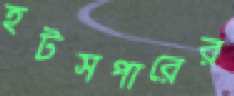
হটসপারের